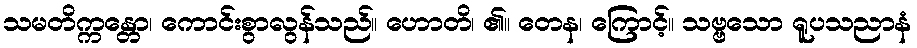
သမတိက္ကန္တော၊ ကောင်းစွာလွန်သည်။ ဟောတိ၊ ၏။ တေန၊ ကြောင့်။ သဗ္ဗသော ရူပသညာနံ